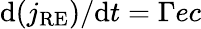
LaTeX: \mathrm{d}(j_{\mathrm{RE}})/\mathrm{d}t=\Gamma ec